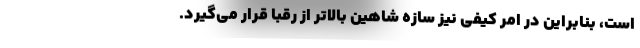
است، بنابراین در امر کیفی نیز سازه شاهین بالاتر از رقبا قرار می‌گیرد.